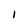
Character: l